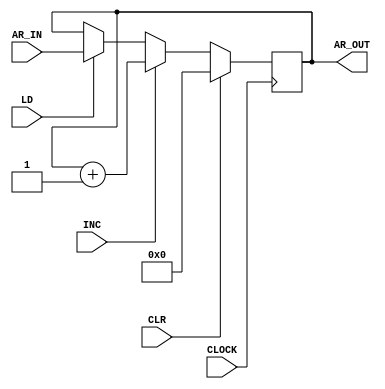
`timescale 1ns / 1ps
//////////////////////////////////////////////////////////////////////////////////
// Company: 
// Engineer: 
// 
// Design Name: 
// Module Name: AR_Design
// Project Name: 
// Target Devices: 
// Tool Versions: 
// Description: 
// 
// Dependencies: 
// 
// Revision:
// Revision 0.01 - File Created
// Additional Comments:
// 
//////////////////////////////////////////////////////////////////////////////////


module AR_Design(

    input LD,
    input CLR,
    input INC,
    input CLOCK,
    input [11:0] AR_IN,
    output reg [11:0] AR_OUT
    );
    
    initial AR_OUT = 0;
always @(posedge CLOCK)
        begin
            if(CLR)
            AR_OUT <=16'b0;
             else if(INC)
            AR_OUT <= AR_OUT +1;
             else if(LD)
            AR_OUT <= AR_IN;
            end
            
endmodule